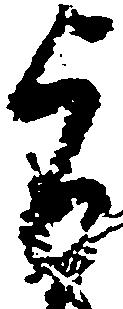
旨